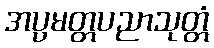
အပ္ပမတ္တပညာသုတ္တံ